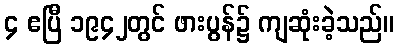
၄ ဧပြီ ၁၉၄၂တွင် ဖားပွန်၌ ကျဆုံးခဲ့သည်။